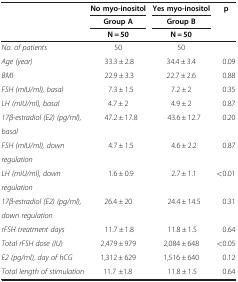
<table><thead><tr><td rowspan="3"><b> </b></td><td><b>No myo-inositol</b></td><td><b>Yes myo-inositol</b></td><td rowspan="3"><b>p</b></td></tr><tr><td><b>Group A</b></td><td><b>Group B</b></td></tr><tr><td><b>N = 50</b></td><td><b>N = 50</b></td></tr></thead><tbody><tr><td><i>No. of patients</i></td><td>50</td><td>50</td><td> </td></tr><tr><td><i>Age (year)</i></td><td>33.3 ± 2.8</td><td>34.4 ± 3.4</td><td>0.09</td></tr><tr><td><i>BMI</i></td><td>22.9 ± 3.3</td><td>22.7 ± 2.6</td><td>0.88</td></tr><tr><td><i>FSH (mIU/ml), basal</i></td><td>7.3 ± 1.5</td><td>7.2 ± 2</td><td>0.35</td></tr><tr><td><i>LH (mIU/ml), basal</i></td><td>4.7 ± 2</td><td>4.9 ± 2</td><td>0.87</td></tr><tr><td><i>17β-estradiol (E2) (pg/ml),</i></td><td>47.2 ± 17.8</td><td>43.6 ± 12.7</td><td>0.20</td></tr><tr><td><i>basal</i></td><td> </td><td> </td><td> </td></tr><tr><td><i>FSH (mIU/ml), down</i></td><td>4.7 ± 1.5</td><td>4.6 ± 2.2</td><td>0.87</td></tr><tr><td><i>regulation</i></td><td> </td><td> </td><td> </td></tr><tr><td><i>LH (mIU/ml), down</i></td><td>1.6 ± 0.9</td><td>2.7 ± 1.1</td><td>&lt;0.01</td></tr><tr><td><i>regulation</i></td><td> </td><td> </td><td> </td></tr><tr><td><i>17β-estradiol (E2) (pg/ml),</i></td><td>26.4 ± 20</td><td>24.4 ± 14.5</td><td>0.31</td></tr><tr><td><i>down regulation</i></td><td> </td><td> </td><td> </td></tr><tr><td><i>rFSH treatment days</i></td><td>11.7 ± 1.8</td><td>11.8 ± 1.5</td><td>0.64</td></tr><tr><td><i>Total rFSH dose (IU)</i></td><td>2,479 ± 979</td><td>2,084 ± 648</td><td>&lt;0.05</td></tr><tr><td><i>E2 (pg/ml), day of hCG</i></td><td>1,312 ± 629</td><td>1,516 ± 640</td><td>0.12</td></tr><tr><td><i>Total length of stimulation</i></td><td>11.7 ±1.8</td><td>11.8 ± 1.5</td><td>0.64</td></tr></tbody></table>